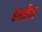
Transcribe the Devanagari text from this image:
हसनैन